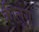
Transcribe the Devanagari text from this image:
कीलूंग